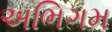
અભિગમ